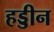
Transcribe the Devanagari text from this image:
हड्डीन